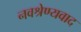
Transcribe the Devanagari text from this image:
नवश्रेण्यवाद